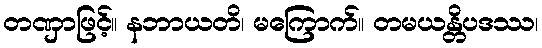
တဏှာဖြင့်။ နဘာယတိ၊ မကြောက်။ တမယန္တိပဒဿ၊